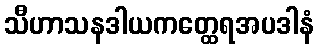
သီဟာသနဒါယကတ္ထေရအပဒါနံ